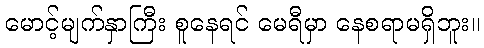
မောင့်မျက်နှာကြီး စူနေရင် မေရီမှာ နေစရာမရှိဘူး။